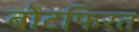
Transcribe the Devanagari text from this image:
बोटफिरत